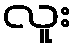
လူး